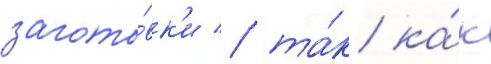
загото́вк'и / та́к ка́к